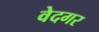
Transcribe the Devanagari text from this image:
वेदगर